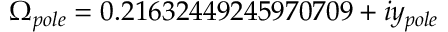
\Omega _ { p o l e } = 0 . 2 1 6 3 2 4 4 9 2 4 5 9 7 0 7 0 9 + i y _ { p o l e }